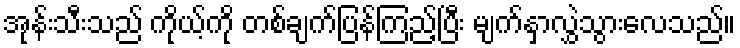
အုန်းသီးသည် ကိုယ့်ကို တစ်ချက်ပြန်ကြည့်ပြီး မျက်နှာလွှဲသွားလေသည်။